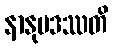
နာနုပဒဿတိ